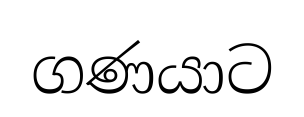
ගණයාට